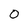
Character: 0